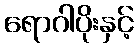
ရောဂါပိုးနှင့်